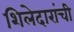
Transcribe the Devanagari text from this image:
शिलेदारांची